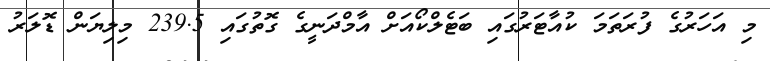
މި އަހަރުގެ ފުރަތަމަ ކުއާޓަރުގައި ބަޓެލްކޯއަށް އާމްދަނީގެ ގޮތުގައި 239.5 މިލިޔަން ޑޮލަރު